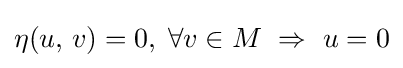
\eta (u,\,v)=0,\;\forall v\in M\ \Rightarrow \ u=0